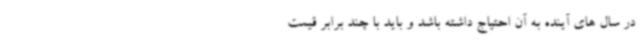
در سال های آینده به آن احتیاج داشته باشد و باید با چند برابر قیمت